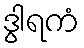
ဒွါရကံ